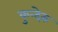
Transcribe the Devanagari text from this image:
कुन्देरु